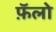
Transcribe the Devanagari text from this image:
फ़ॅलो